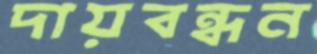
দায়বন্ধন